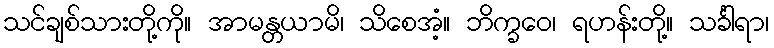
သင်ချစ်သားတို့ကို။ အာမန္တယာမိ၊ သိစေအံ့။ ဘိက္ခဝေ၊ ရဟန်းတို့။ သင်္ခါရာ၊